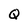
Character: Q